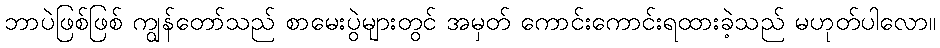
ဘာပဲဖြစ်ဖြစ် ကျွန်တော်သည် စာမေးပွဲများတွင် အမှတ် ကောင်းကောင်းရထားခဲ့သည် မဟုတ်ပါလော။